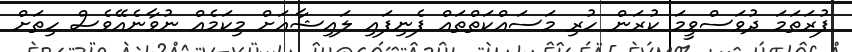
ފުރަތަމަ ދުވަސްވީމަ ކުރަން ހުރި މަސައްކަތްތައް ފެނިފައި ލައިޝާއަށް މިކަމެއް ނުވާނެއޭވެސް ހިތަށް